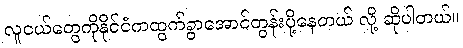
လူငယ်တွေကိုနိုင်ငံကထွက်ခွာအောင်တွန်းပို့နေတယ် လို့ ဆိုပါတယ်။